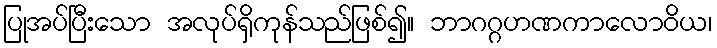
ပြုအပ်ပြီးသော အလုပ်ရှိကုန်သည်ဖြစ်၍။ ဘာဂဂ္ဂဟဏကာလောဝိယ၊